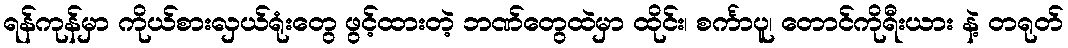
ရန်ကုန်မှာ ကိုယ်စားလှယ်ရုံးတွေ ဖွင့်ထားတဲ့ ဘဏ်တွေထဲမှာ ထိုင်း၊ စင်္ကာပူ၊ တောင်ကိုရီးယား နဲ့ တရုတ်